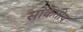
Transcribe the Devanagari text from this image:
सांकेतीय